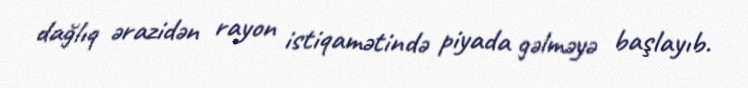
dağlıq ərazidən rayon istiqamətində piyada gəlməyə başlayıb.